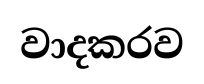
වාදකරව